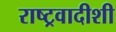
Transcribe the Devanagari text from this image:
राष्ट्रवादीशी